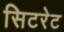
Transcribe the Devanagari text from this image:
सिटरेट